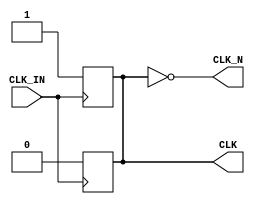
module differential_clock_buffer (
    input wire CLK_IN,     // Single-ended clock input
    output reg CLK,        // Positive clock output
    output reg CLK_N       // Negative clock output
);

    // Parameters for timing characteristics and hysteresis (for simulation purposes)
    parameter  RISE_TIME = 1;   // Rise time in nanoseconds
    parameter  FALL_TIME = 1;    // Fall time in nanoseconds

    // Internal signals
    reg clean_CLK_IN;

    // Schmitt Trigger: Clean up the input signal
    always @(posedge CLK_IN)
    begin
        #RISE_TIME clean_CLK_IN <= 1'b1;  // Transition high after a rise
    end

    always @(negedge CLK_IN)
    begin
        #FALL_TIME clean_CLK_IN <= 1'b0;  // Transition low after a fall
    end

    // Buffer Stage: Generate CLK and CLK_N
    always @(clean_CLK_IN)
    begin
        CLK <= clean_CLK_IN;            // Assign positive output
        CLK_N <= ~clean_CLK_IN;         // Assign negative output
    end

endmodule